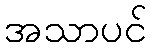
အသာပင်